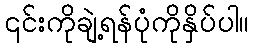
၎င်းကိုချဲ့ရန်ပုံကိုနှိပ်ပါ။